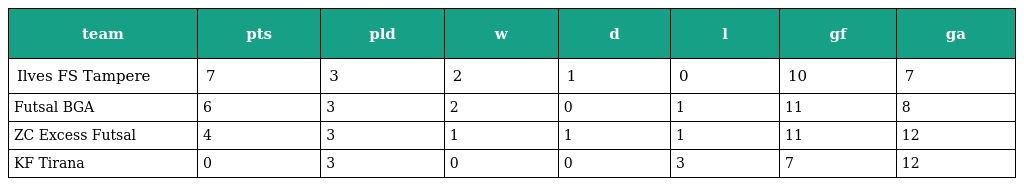
| team | pts | pld | w | d | l | gf | ga |
 | --- | --- | --- | --- | --- | --- | --- | --- |
 | Ilves FS Tampere | 7 | 3 | 2 | 1 | 0 | 10 | 7 |
 | Futsal BGA | 6 | 3 | 2 | 0 | 1 | 11 | 8 |
 | ZC Excess Futsal | 4 | 3 | 1 | 1 | 1 | 11 | 12 |
 | KF Tirana | 0 | 3 | 0 | 0 | 3 | 7 | 12 |